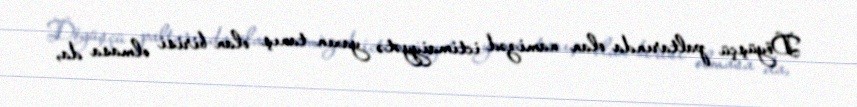
Döyüşçü paltarında olan namizəd ictimaiyyətə yaxın tanış olan birisi olmasa da,